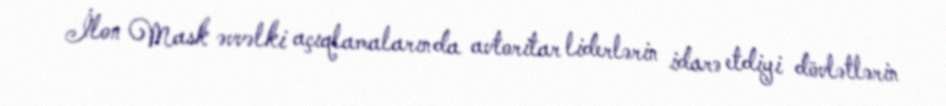
İlon Mask əvvəlki açıqlamalarında avtoritar liderlərin idarə etdiyi dövlətlərin